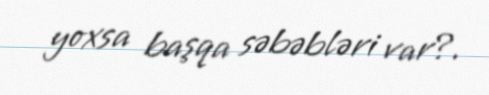
yoxsa başqa səbəbləri var?.